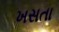
ખસતા